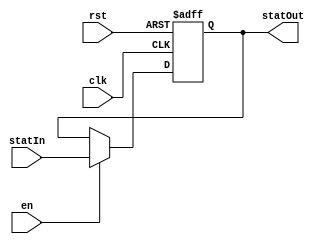

module StatusRegister(clk, rst, en, statIn, statOut);

    input wire[0:0] clk, rst, en;
    input wire[3:0] statIn;

    output reg[3:0] statOut;


    always@(negedge clk or posedge rst) begin
        if(rst) 
            statOut <= 4'b0;
        else if(en) 
            statOut <= statIn;
    end

endmodule